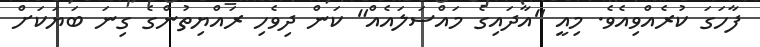
ފާހަގަ ކުރެއްވިއެވެ. މިއީ "އާދައިގެ މައްސަލައެއް" ކަން ދިވެހި ރައްޔިތުންގެ ގިނަ ބަޔަކަށް